65_HS1-834228961_62-HQ-83894_Section_3
Agency: FBI
Page 63
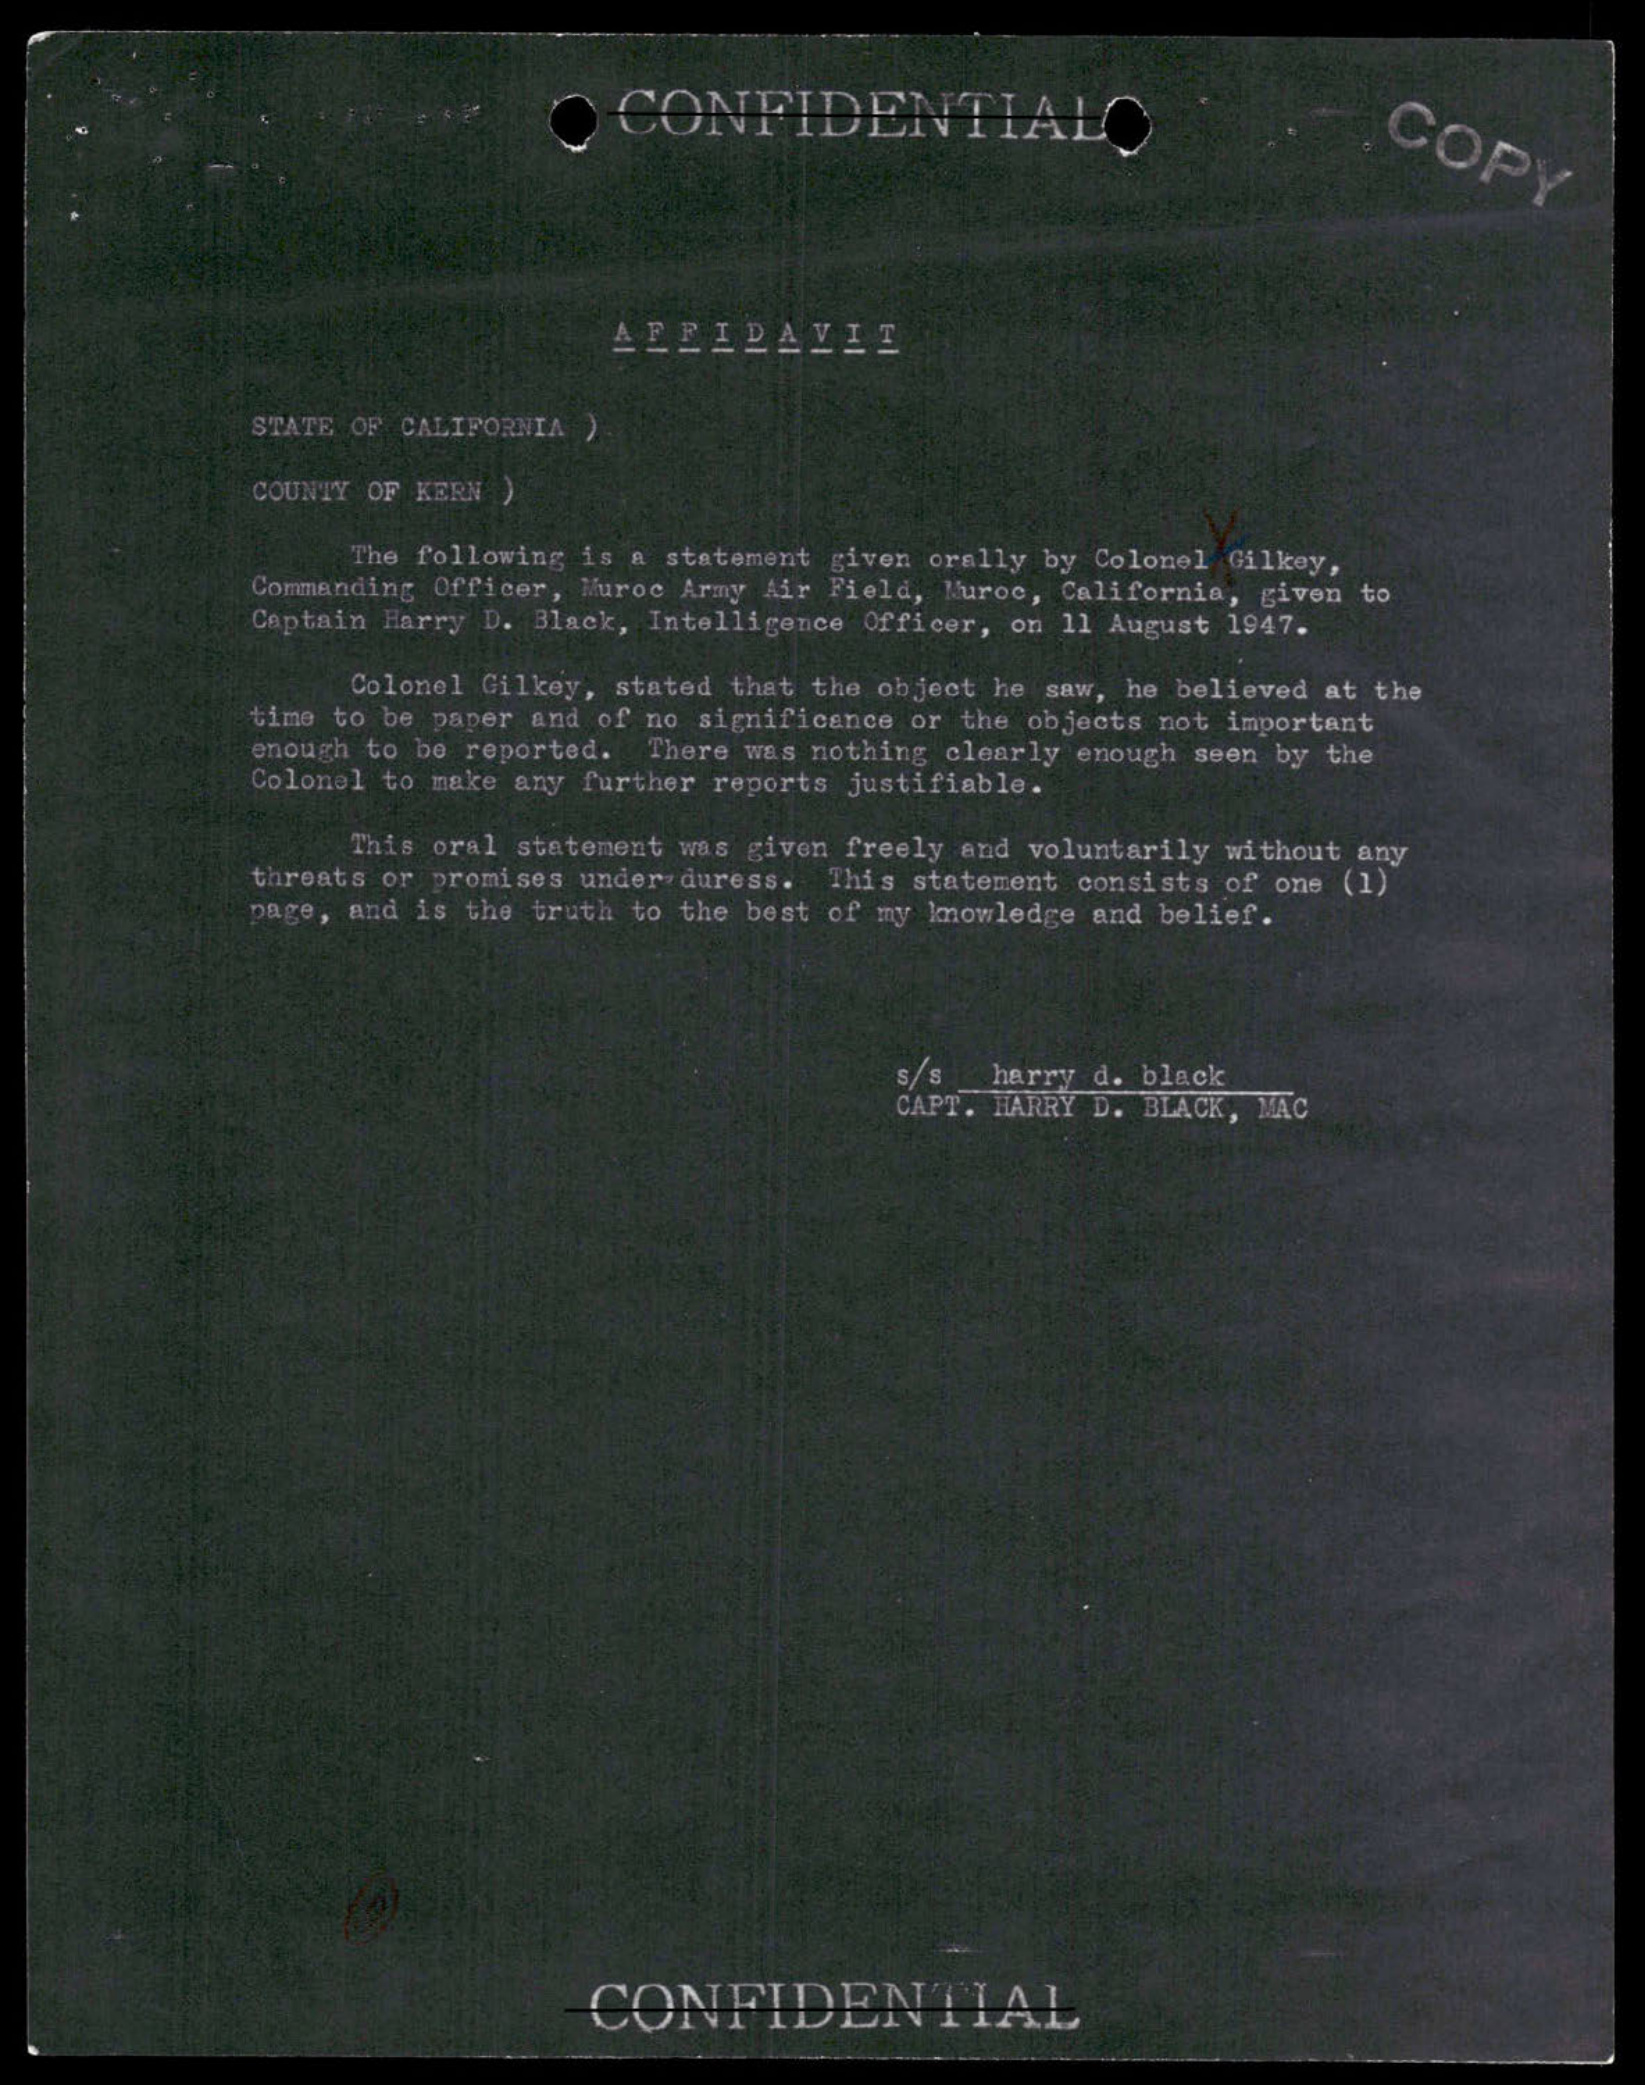